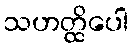
သဟတ္ထိပေါ